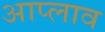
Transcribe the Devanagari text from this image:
आप्लाव